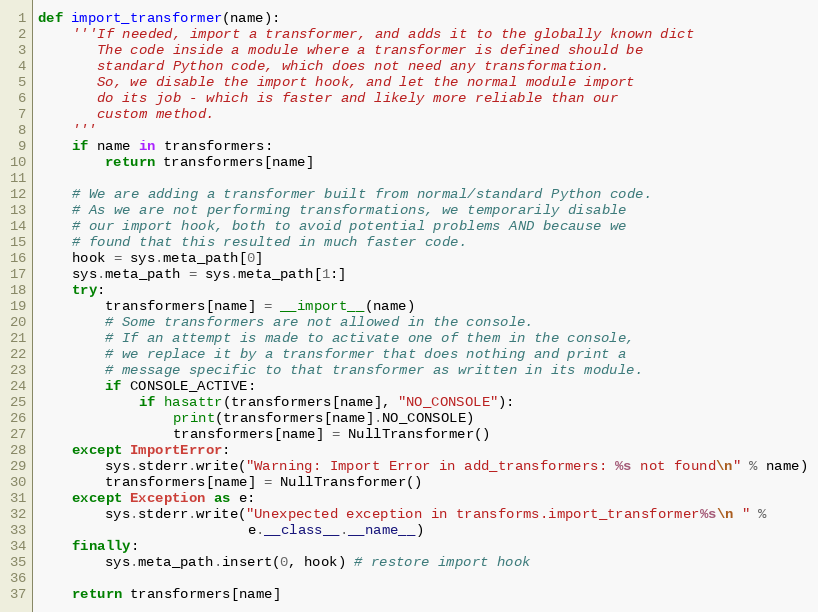
Language: Python
def import_transformer(name):
    '''If needed, import a transformer, and adds it to the globally known dict
       The code inside a module where a transformer is defined should be
       standard Python code, which does not need any transformation.
       So, we disable the import hook, and let the normal module import
       do its job - which is faster and likely more reliable than our
       custom method.
    '''
    if name in transformers:
        return transformers[name]

    # We are adding a transformer built from normal/standard Python code.
    # As we are not performing transformations, we temporarily disable
    # our import hook, both to avoid potential problems AND because we
    # found that this resulted in much faster code.
    hook = sys.meta_path[0]
    sys.meta_path = sys.meta_path[1:]
    try:
        transformers[name] = __import__(name)
        # Some transformers are not allowed in the console.
        # If an attempt is made to activate one of them in the console,
        # we replace it by a transformer that does nothing and print a
        # message specific to that transformer as written in its module.
        if CONSOLE_ACTIVE:
            if hasattr(transformers[name], "NO_CONSOLE"):
                print(transformers[name].NO_CONSOLE)
                transformers[name] = NullTransformer()
    except ImportError:
        sys.stderr.write("Warning: Import Error in add_transformers: %s not found\n" % name)
        transformers[name] = NullTransformer()
    except Exception as e:
        sys.stderr.write("Unexpected exception in transforms.import_transformer%s\n " %
                         e.__class__.__name__)
    finally:
        sys.meta_path.insert(0, hook) # restore import hook

    return transformers[name]